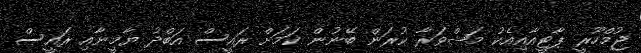
ޖުމްހޫރީ ޕާޓީއާއިއެކު މަޝްވަރާ ކުރަން ބޭނުން ކަމަށް ރައީސް އަބްދު ޔާމީނާއި ރައީސް